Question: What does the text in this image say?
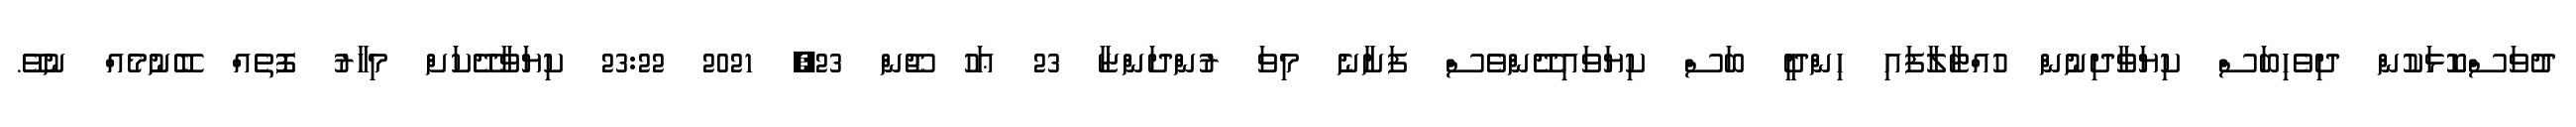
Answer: ދުވަސްކޮޅަކުން ދިވެހިބަސް ކިޔަވާދިނުން ހުއްޓާލާފައި ހިންދީ ބަސް ކިޔަވައިދޭންވެސް ފަށާނެ މިވަ ރުންދަންޏާ 23 ޢަހު ޖޫން 23, 2021 23:22 ކިޔަވާދޭކަށް މިހާރު ފޮތެއް ބޭނުމެއް ނުވޭ.